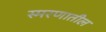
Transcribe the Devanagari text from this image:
स्मरणातील